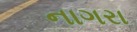
નાગરા